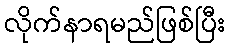
လိုက်နာရမည်ဖြစ်ပြီး